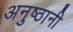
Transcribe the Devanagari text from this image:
अनुष्ठानी